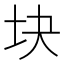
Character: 块